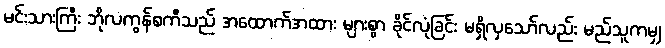
မင်းသားကြီး ဘိုလကွန်စကီသည် အထောက်အထား များစွာ ခိုင်လုံခြင်း မရှိလှသော်လည်း မည်သူကမျှ